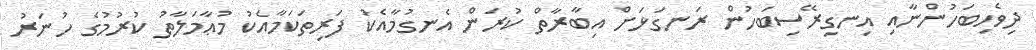
ދިވެހިބަހުންނާއި އިނގިރޭސިބަހުން ރަނގަޅަށް އިބާރާތް ކުރަން އެނގުމާއެކު ފަރިތަކަމާއެކު މުޢާމަލާތު ކުރުމުގެ ހުނަރު